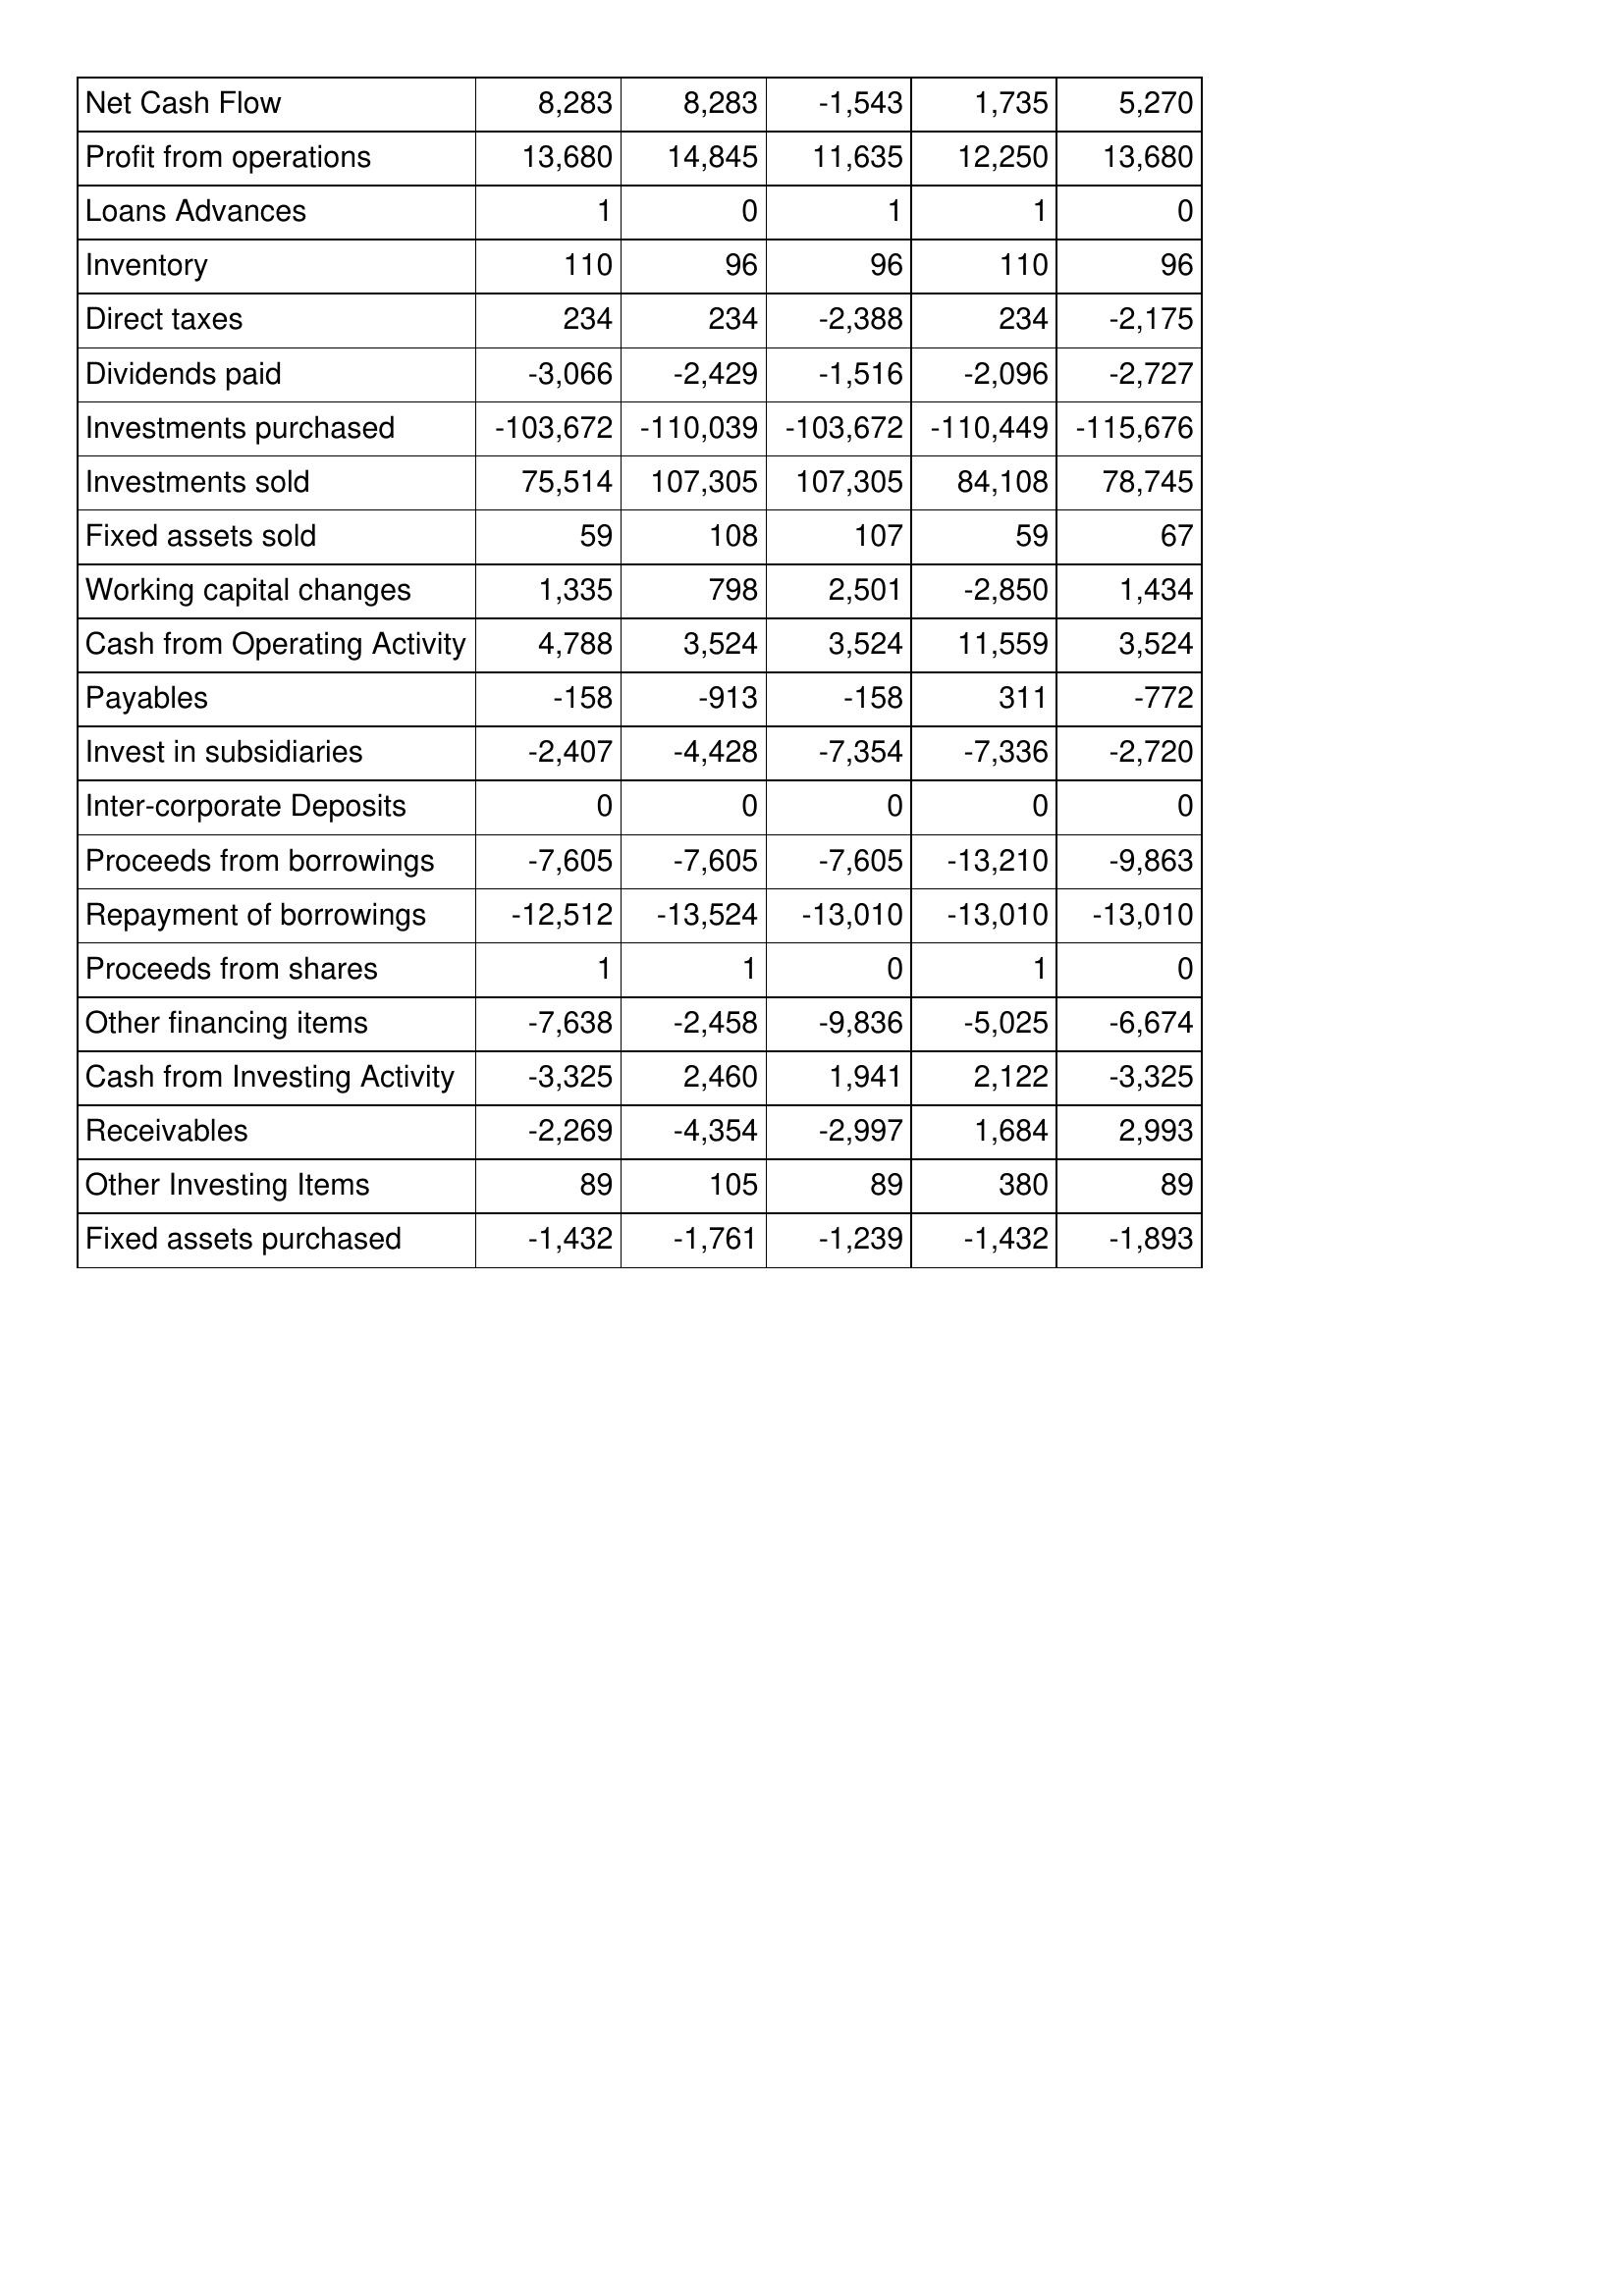
Oct-14: Cash Flows: Net Cash Flow: 8,283
Profit from operations: 13,680
Loans Advances: 1
Inventory: 110
Direct taxes: 234
Dividends paid: -3,066
Investments purchased: -103,672
Investments sold: 75,514
Fixed assets sold: 59
Working capital changes: 1,335
Cash from Operating Activity: 4,788
Payables: -158
Invest in subsidiaries: -2,407
Inter-corporate Deposits: 0
Proceeds from borrowings: -7,605
Repayment of borrowings: -12,512
Proceeds from shares: 1
Other financing items: -7,638
Cash from Investing Activity: -3,325
Receivables: -2,269
Other Investing Items: 89
Fixed assets purchased: -1,432
Oct-15: Cash Flows: Net Cash Flow: 8,283
Profit from operations: 14,845
Loans Advances: 0
Inventory: 96
Direct taxes: 234
Dividends paid: -2,429
Investments purchased: -110,039
Investments sold: 107,305
Fixed assets sold: 108
Working capital changes: 798
Cash from Operating Activity: 3,524
Payables: -913
Invest in subsidiaries: -4,428
Inter-corporate Deposits: 0
Proceeds from borrowings: -7,605
Repayment of borrowings: -13,524
Proceeds from shares: 1
Other financing items: -2,458
Cash from Investing Activity: 2,460
Receivables: -4,354
Other Investing Items: 105
Fixed assets purchased: -1,761
Oct-16: Cash Flows: Net Cash Flow: -1,543
Profit from operations: 11,635
Loans Advances: 1
Inventory: 96
Direct taxes: -2,388
Dividends paid: -1,516
Investments purchased: -103,672
Investments sold: 107,305
Fixed assets sold: 107
Working capital changes: 2,501
Cash from Operating Activity: 3,524
Payables: -158
Invest in subsidiaries: -7,354
Inter-corporate Deposits: 0
Proceeds from borrowings: -7,605
Repayment of borrowings: -13,010
Proceeds from shares: 0
Other financing items: -9,836
Cash from Investing Activity: 1,941
Receivables: -2,997
Other Investing Items: 89
Fixed assets purchased: -1,239
Oct-17: Cash Flows: Net Cash Flow: 1,735
Profit from operations: 12,250
Loans Advances: 1
Inventory: 110
Direct taxes: 234
Dividends paid: -2,096
Investments purchased: -110,449
Investments sold: 84,108
Fixed assets sold: 59
Working capital changes: -2,850
Cash from Operating Activity: 11,559
Payables: 311
Invest in subsidiaries: -7,336
Inter-corporate Deposits: 0
Proceeds from borrowings: -13,210
Repayment of borrowings: -13,010
Proceeds from shares: 1
Other financing items: -5,025
Cash from Investing Activity: 2,122
Receivables: 1,684
Other Investing Items: 380
Fixed assets purchased: -1,432
Oct-18: Cash Flows: Net Cash Flow: 5,270
Profit from operations: 13,680
Loans Advances: 0
Inventory: 96
Direct taxes: -2,175
Dividends paid: -2,727
Investments purchased: -115,676
Investments sold: 78,745
Fixed assets sold: 67
Working capital changes: 1,434
Cash from Operating Activity: 3,524
Payables: -772
Invest in subsidiaries: -2,720
Inter-corporate Deposits: 0
Proceeds from borrowings: -9,863
Repayment of borrowings: -13,010
Proceeds from shares: 0
Other financing items: -6,674
Cash from Investing Activity: -3,325
Receivables: 2,993
Other Investing Items: 89
Fixed assets purchased: -1,893